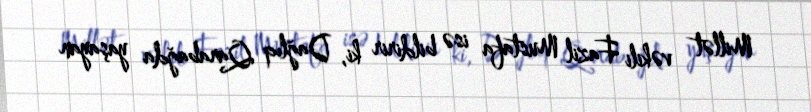
Millət vəkili Fazil Mustafa isə bildirir ki, Dağlıq Qarabağda yaşayan